Report on vaccination in the Province of Bengal - 1874-1889
Year: 1874
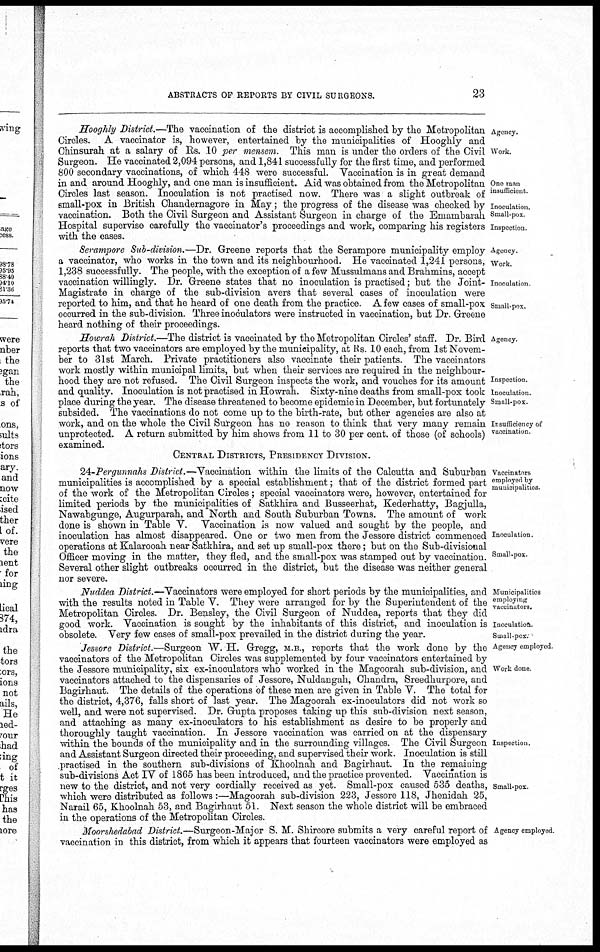
ABSTRACTS OF REPORTS BY CIVIL SURGEONS.
23
Agency.
Work.
One man
insufficient.
Inoculation.
Small-pox
Inspection
Hooghly District.—The vaccination of the district is accomplished by the Metropolitan
Circles. A vaccinator is, however, entertained by the municipalities of Hooghly and
Chinsurah at a salary of Rs. 10 per mensem. This man is under the orders of the Civil
Surgeon. He vaccinated 2,094 persons, and 1,841 successfully for the first time, and performed
800 secondary vaccinations, of which 448 were successful. Vaccination is in great demand
in and around Hooghly, and one man is insufficient. Aid was obtained from the Metropolitan
Circles last season. Inoculation is not practised now. There was a slight outbreak of
small-pox in British Chandernagore in May; the progress of the disease was checked by
vaccination. Both the Civil Surgeon and Assistant Surgeon in charge of the Emambarah
Hospital supervise carefully the vaccinator's proceedings and work, comparing his registers
with the cases.
Agency.
Work.
Inoculation
Small-pox.
Serampore Sub-division.—Dr. Greene reports that the Serampore municipality employ
a vaccinator, who works in the town and its neighbourhood. He vaccinated 1,241 persons,
1,238 successfully. The people, with the exception of a few Mussulmans and Brahmins, accept
vaccination willingly. Dr. Greene states that no inoculation is practised; but the Joint-
Magistrate in charge of the sub-division avers that several cases of inoculation were
reported to him, and that he heard of one death from the practice. A few cases of small-pox
occurred in the sub-division. Three inoculators were instructed in vaccination, but Dr. Greene
heard nothing of their proceedings.
Agency
Inspection
Inoculation.
Small-pox.
Insufficiency of
vaccination.
Howrah District.—The district is vaccinated by the Metropolitan Circles' staff. Dr. Bird
reports that two vaccinators are employed by the municipality, at Rs. 10 each, from 1st Novem-
ber to 31st March. Private practitioners also vaccinate their patients. The vaccinators
work mostly within municipal limits, but when their services are required in the neighbour-
hood they are not refused. The Civil Surgeon inspects the work, and vouches for its amount
and quality. Inoculation is not practised in Howrah. Sixty-nine deaths from small-pox took
place during the year. The disease threatened to become epidemic in December, but fortunately
subsided. The vaccinations do not come up to the birth-rate, but other agencies are also at
work, and on the whole the Civil Surgeon has no reason to think that very many remain
unprotected. A return submitted by him shows from 11 to 30 per cent. of those (of schools)
examined.
CENTRAL DISTRICTS, PRESIDENCY DIVISION.
Vaccinators
employed by
municipalities.
Inoculation.
Small-pox
24-Pergunnahs District.—Vaccination within the limits of the Calcutta and Suburban
municipalities is accomplished by a special establishment; that of the district formed part
of the work of the Metropolitan Circles ; special vaccinators were, however, entertained for
limited periods by the municipalities of Satkhira and Busseerhat, Kederhatty, Bagjulla,
Nawabgunge, Augurparah, and North and South Suburban Towns. The amount of work
done is shown in Table V. Vaccination is now valued and sought by the people, and
inoculation has almost disappeared. One or two men from the Jessore district commenced
operations at Kalarooah near Satkhira, and set up small-pox there; but on the Sub-divisional
Officer moving in the matter, they fled, and the small-pox was stamped out by vaccination.
Several other slight outbreaks occurred in the district, but the disease was neither general
nor severe.
Municipalities
employing
vaccinator.
Inoculation
Small-pox.
Nuddea District.—Vaccinators were employed for short periods by the municipalities, and
with the results noted in Table Y. They were arranged for by the Superintendent of the
Metropolitan Circles. Dr. Bensley, the Civil Surgeon of Nuddea, reports that they did
good work. Vaccination is sought by the inhabitants of this district, and inoculation is
obsolete. Very few cases of small-pox prevailed in the district during the year.
Agency employed.
Work done
Inspection.
Small-pox.
Jessore District.—Surgeon W. H. Gregg, M.B., reports that the work done by the
vaccinators of the Metropolitan Circles was supplemented by four vaccinators entertained by
the Jessore municipality, six ex-inoculators who worked in the Magoorah sub-division, and
vaccinators attached to the dispensaries of Jessore, Nuldangah, Chandra, Sreedhurpore, and
Bagirhaut. The details of the operations of these men are given in Table Y. The total for
the district, 4,376, falls short of last year. The Magoorah ex-inoculators did not work so
well, and were not supervised. Dr. Gupta proposes taking up this sub-division next season,
and attaching as many ex-inoculators to his establishment as desire to be properly and
thoroughly taught vaccination. In Jessore vaccination was carried on at the dispensary
within the bounds of the municipality and in the surrounding villages. The Civil Surgeon
and Assistant Surgeon directed their proceeding, and supervised their work. Inoculation is still
practised in the southern sub-divisions of Khoolnah and Bagirhaut. In the remaining
sub-divisions Act IV of 1865 has been introduced, and the practice prevented. Vaccination is
new to the district, and not very cordially received as yet. Small-pox caused 535 deaths,
which were distributed as follows :—Magoorah sub-division 223, Jessore 118, Jhenidah 25,
Narail 65, Khoolnah 53, and Bagirhaut 51. Next season the whole district will be embraced
in the operations of the Metropolitan Circles.
Agency employed
Moorshedabad District.—Surgeon-Major S. M. Shircore submits a very careful report of
vaccination in this district, from which it appears that fourteen vaccinators were employed as